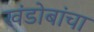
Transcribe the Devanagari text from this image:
खंडोबांचा